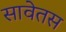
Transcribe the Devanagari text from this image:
सावेतस